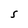
Character: s